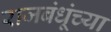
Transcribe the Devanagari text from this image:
राजबंधूंच्या